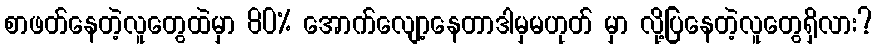
စာဖတ်နေတဲ့လူတွေထဲမှာ 80% အောက်လျော့နေတာဒါမှမဟုတ် မှာ လို့ပြနေတဲ့လူတွေရှိလား?